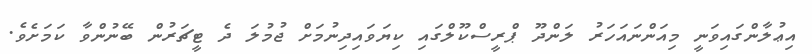
އިޢުލާންގައިވަނީ މިއަންނައަހަރު ލަންދޫ ޕްރީސްކޫލްގައި ކިޔަވައިދިނުމަށް ޖުމުލަ ދެ ޓީޗަރުން ބޭނުންވާ ކަމަށެވެ.